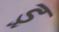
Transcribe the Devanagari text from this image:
ड्र